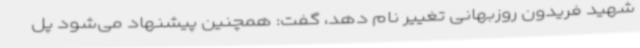
شهید فریدون روزبهانی تغییر نام دهد، گفت: همچنین پیشنهاد می‌شود پل